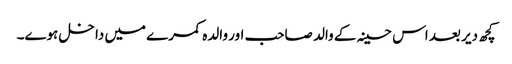
کچھ دیر بعد اس حسینہ کے والد صاحب اور والدہ کمرے میں داخل ہوے۔